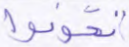
تخونوا